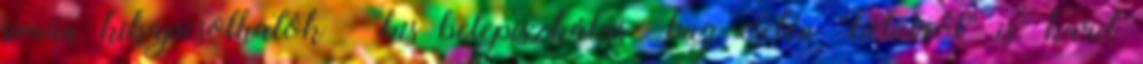
simán kikapcsolhatók – kis belepiszkálás bug esetén “belülről” is. karit